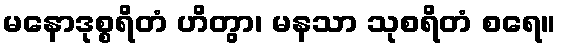
မနောဒုစ္စရိတံ ဟိတွာ၊ မနသာ သုစရိတံ စရေ။